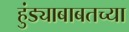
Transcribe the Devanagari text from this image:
हुंड्याबाबतच्या